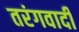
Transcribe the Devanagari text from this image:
तरंगवादी